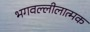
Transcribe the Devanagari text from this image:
भगवल्लीलात्मक